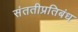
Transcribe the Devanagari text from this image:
संततीप्रतिबंध